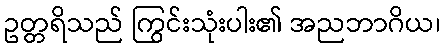
ဥတ္တရိသည် ကြွင်းသုံးပါး၏ အညဘာဂိယ၊